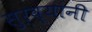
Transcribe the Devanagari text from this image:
सुर्व्यांनी